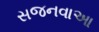
સજનવાઆ